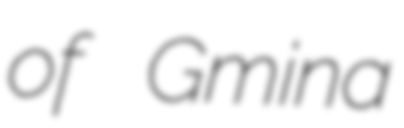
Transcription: of Gmina